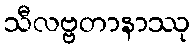
သီလဗ္ဗတာနာဿု